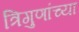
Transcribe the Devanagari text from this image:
त्रिगुणांच्या